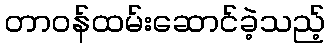
တာဝန်ထမ်းဆောင်ခဲ့သည့်